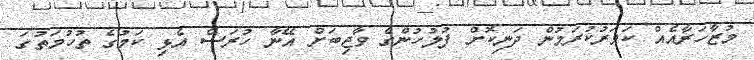
މުޒާހަރާއެއް ކަވަރުކުރަމުން ދަނިކޮށް ފުލުހުންގެ ވާޖިބަށް އޭނާ ހުރަސް އެޅި ކަމުގެ ތުހުމަތުގަ